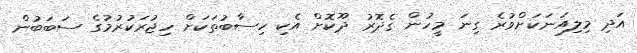
އަދި މިލިއަނަކަށްވުރެ ގިނަ މީހުން ގެދޮރު ދޫކޮށް އެކި ހިސާބުތަކަށް ހިޖުރަކުރުމުގެ ސަބަބުން